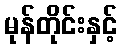
မုန်တိုင်းနှင့်